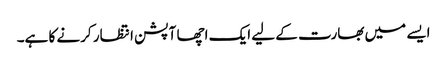
ایسے میں بھارت کے لیے ایک اچھا آپشن انتظار کرنے کا ہے۔